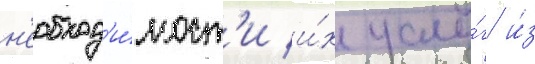
н'еобход'и́мост'и и́х услу́г и́з